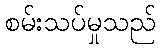
စမ်းသပ်မှုသည်